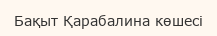
Бақыт Қарабалина көшесі